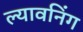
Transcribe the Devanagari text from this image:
ल्यावनिंग